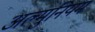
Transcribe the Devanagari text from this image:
अल्मुनियम